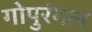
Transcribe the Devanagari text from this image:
गोपुरंगल